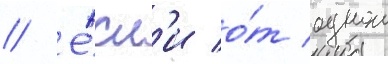
// Е́сл'и о́т однои